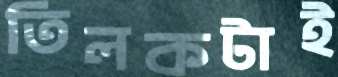
তিলকটাই